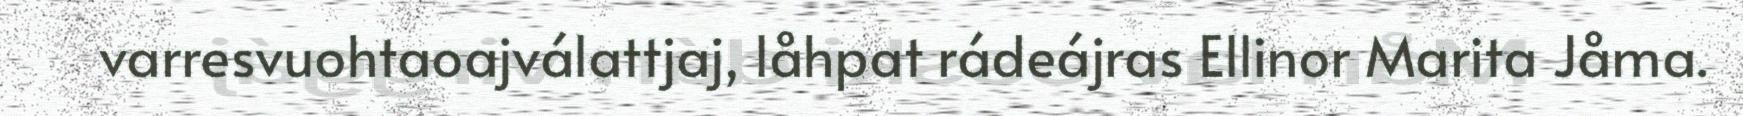
varresvuohtaoajválattjaj, låhpat rádeájras Ellinor Marita Jåma.